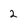
Character: 2